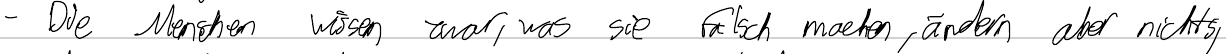
- Die Menschen wissen zwar, was sie falsch machen, ändern aber nichts,